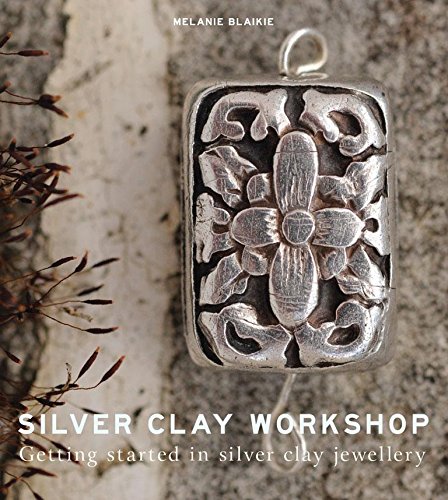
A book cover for Silver Clay Workshop: Getting Started in Silver Clay Jewellery; Melanie Blaikie; Crafts, Hobbies & Home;